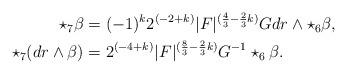
LaTeX: \begin{align*}\begin{aligned} \star_7 \beta &= (-1)^k 2^{(-2+k)}|F|^{(\frac{4}{3} - \frac{2}{3}k)} G dr \wedge \star_6 \beta, \\ \star_7 (dr \wedge \beta) &= 2^{(-4+k)}|F|^{(\frac{8}{3} - \frac{2}{3}k)} G^{-1} \star_6 \beta.\end{aligned}\end{align*}